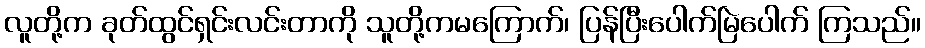
လူတို့က ခုတ်ထွင်ရှင်းလင်းတာကို သူတို့ကမကြောက်၊ ပြန်ပြီးပေါက်မြဲပေါက် ကြသည်။